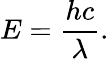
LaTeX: E={\frac{hc}{\lambda}}.